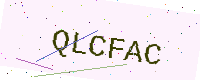
Text: QLCFAC